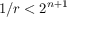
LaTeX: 1 / r < 2 ^ { n + 1 }